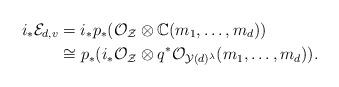
LaTeX: \begin{align*}i_{\ast}\mathcal{E}_{d, v}&=i_{\ast}p_{\ast}(\mathcal{O}_{\mathcal{Z}} \otimes \mathbb{C}(m_1, \ldots, m_d)) \\&\cong p_{\ast}(i_{\ast}\mathcal{O}_{\mathcal{Z}} \otimes q^{\ast}\mathcal{O}_{\mathcal{Y}(d)^{\lambda} }(m_1, \ldots, m_d)). \end{align*}